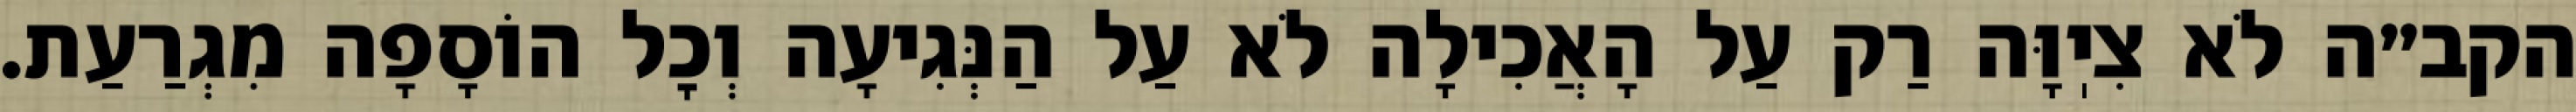
הקב״ה לֹא צִיֽוָּה רַק עַל הָאֲכִילָה לֹא עַל הַנְּגִיעָה וְכׇל הוֹסָפָה מִגְרַעַת.